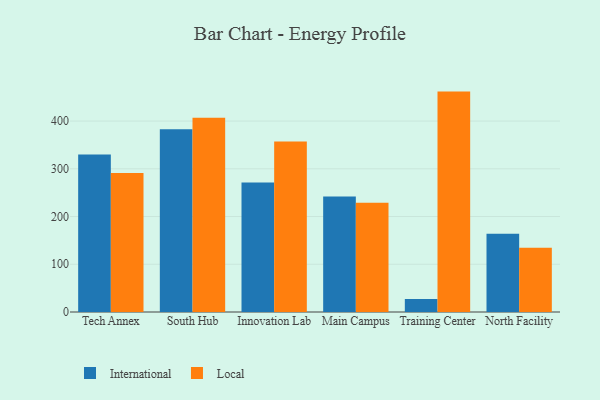
{"axis": {"x": "Campus", "y": "Market Share (%)"}, "legend": ["International", "Local"], "data": [{"x": "Tech Annex", "y": 329.8, "type": "International"}, {"x": "Tech Annex", "y": 291.4, "type": "Local"}, {"x": "South Hub", "y": 382.7, "type": "International"}, {"x": "South Hub", "y": 407.0, "type": "Local"}, {"x": "Innovation Lab", "y": 271.4, "type": "International"}, {"x": "Innovation Lab", "y": 357.4, "type": "Local"}, {"x": "Main Campus", "y": 241.8, "type": "International"}, {"x": "Main Campus", "y": 228.7, "type": "Local"}, {"x": "Training Center", "y": 27.4, "type": "International"}, {"x": "Training Center", "y": 461.7, "type": "Local"}, {"x": "North Facility", "y": 164.0, "type": "International"}, {"x": "North Facility", "y": 134.7, "type": "Local"}]}